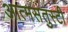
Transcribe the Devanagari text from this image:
आत्मसंतुस्टी